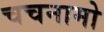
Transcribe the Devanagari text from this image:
चचनामो